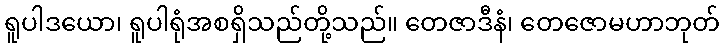
ရူပါဒယော၊ ရူပါရုံအစရှိသည်တို့သည်။ တေဇာဒီနံ၊ တေဇောမဟာဘုတ်